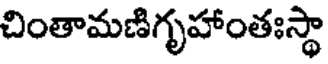
చింతామణిగృహాంతఃస్థా